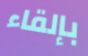
بإلقاء